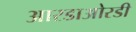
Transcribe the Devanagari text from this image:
आरडाओरडी